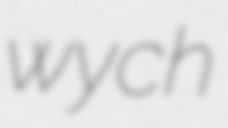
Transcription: wych